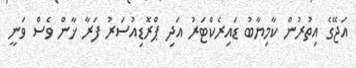
އަޖޭގެ އިތުރުން ކާމިޔާބު ޑައިރެކްޓަރު އަދި ޕްރޮޑިއުސަރު ފަރާ ޚާން ވެސް ވަނީ